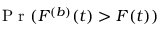
\mathrm { ~ P ~ r ~ } ( F ^ { ( b ) } ( t ) > F ( t ) )